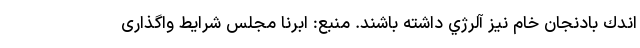
اندك بادنجان خام نيز آلرژي داشته باشند. منبع: ابرنا مجلس شرایط واگذاری